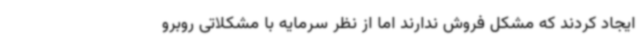
ایجاد کردند که مشکل فروش ندارند اما از نظر سرمایه با مشکلاتی روبرو